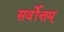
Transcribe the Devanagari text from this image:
सर्वोत्तम्